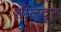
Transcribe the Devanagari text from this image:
शीलदूत